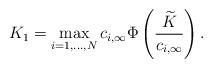
LaTeX: \begin{align*}K_1 = \max_{i=1,\ldots,N}c_{i,\infty}\Phi\left(\frac{\widetilde K}{c_{i,\infty}}\right).\end{align*}